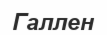
Галлен